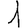
Digit: 1